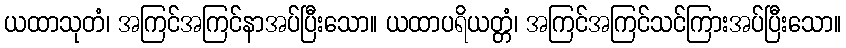
ယထာသုတံ၊ အကြင်အကြင်နာအပ်ပြီးသော။ ယထာပရိယတ္တံ၊ အကြင်အကြင်သင်ကြားအပ်ပြီးသော။